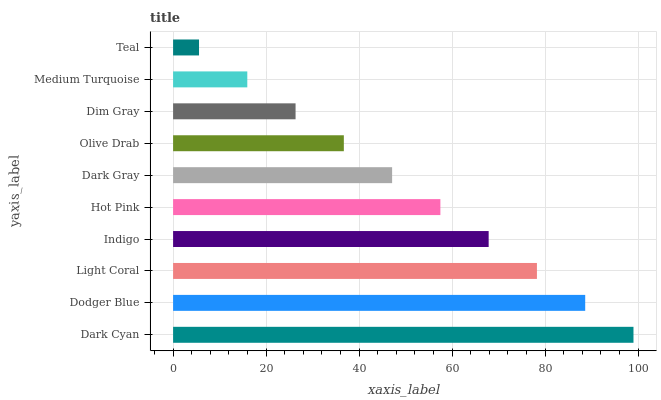
| yaxis_label | bars |
 | --- | --- |
 | Dark Cyan | 99 |
 | Dodger Blue | 88.6 |
 | Light Coral | 78.2 |
 | Indigo | 67.9 |
 | Hot Pink | 57.5 |
 | Dark Gray | 47.1 |
 | Olive Drab | 36.7 |
 | Dim Gray | 26.3 |
 | Medium Turquoise | 16 |
 | Teal | 5.58 |